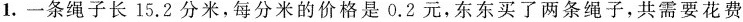
1.一条绳子长15.2分米，每分米的价格是0.2元，东东买了两条绳子，共需要花费